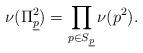
LaTeX: \begin{align*} \nu(\Pi_{\underline{p}}^2)=\prod_{p \in S_{\underline{p}}} \nu(p^2).\end{align*}